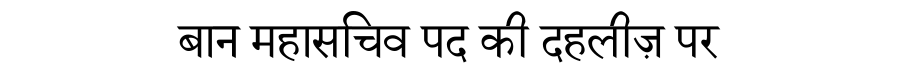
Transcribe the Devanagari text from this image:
बान महासचिव पद की दहलीज़ पर